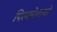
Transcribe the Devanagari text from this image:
पिल्कोमायो